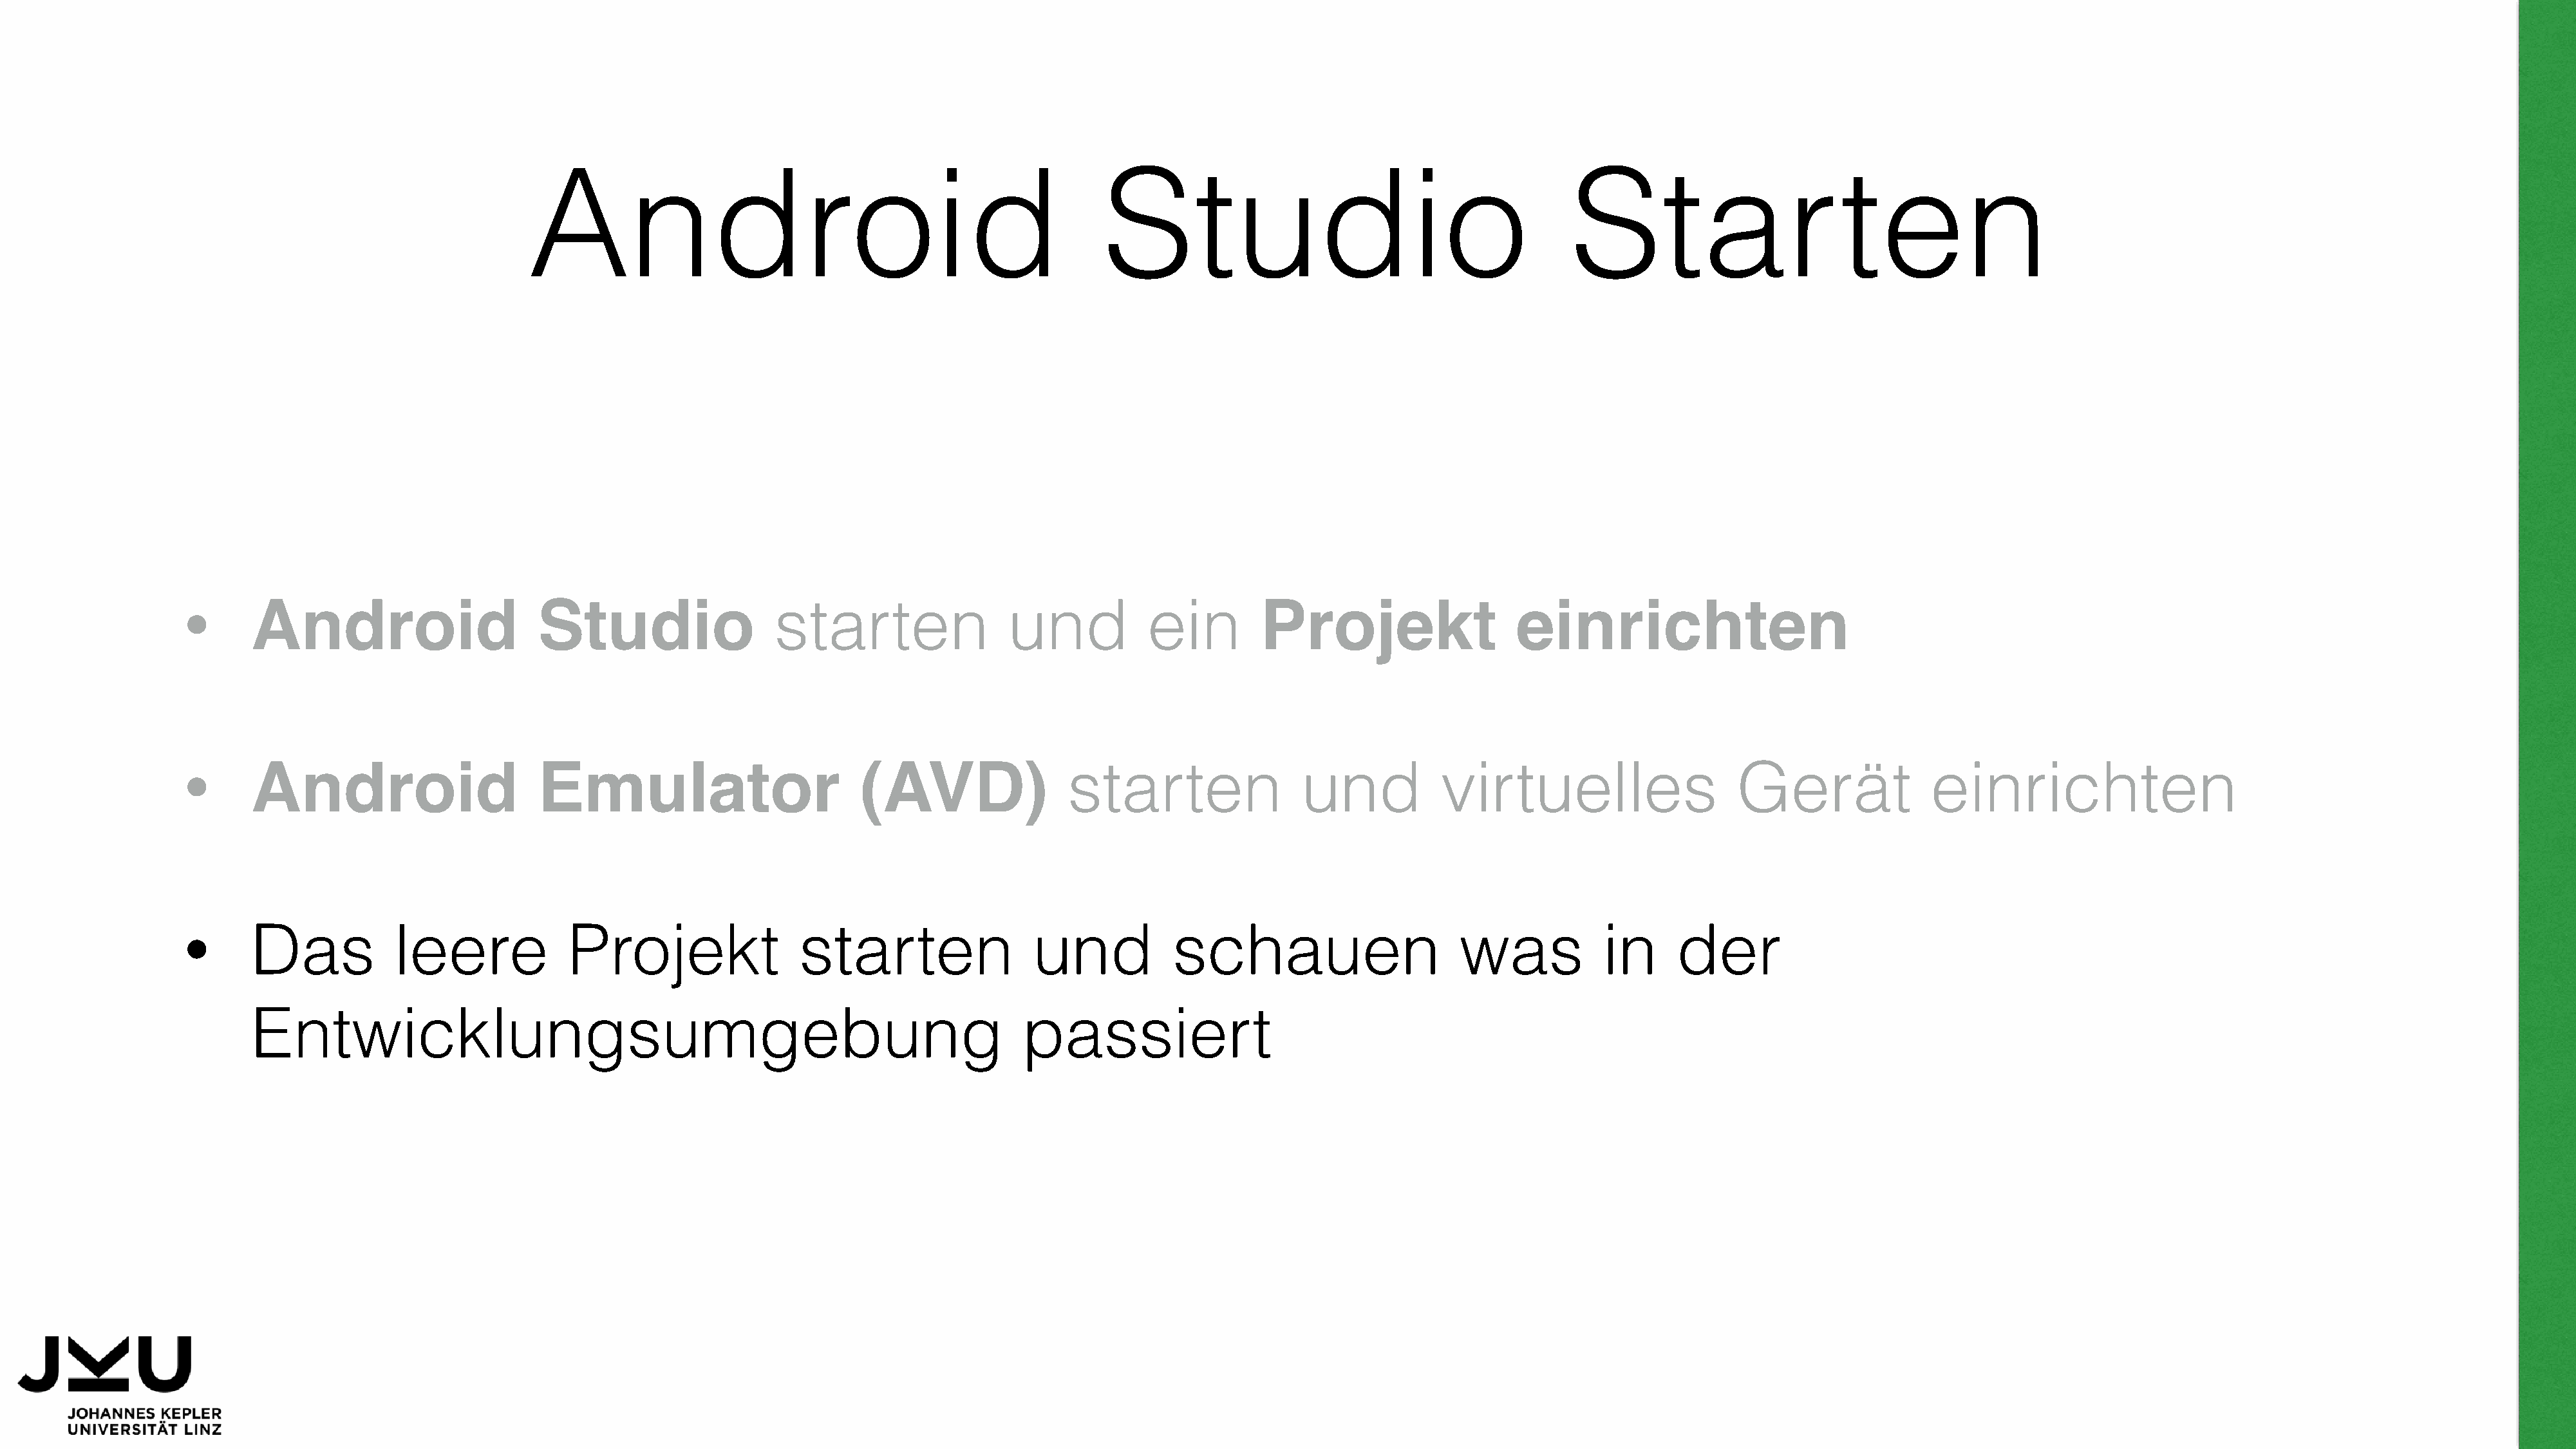
Android                                                    Studio                                          Starten
 Android                      Studio                   starten                 und           ein         Projekt                   einrichten
 •
 Android                      Emulator                         (AVD)                 starten                 und           virtuelles                     Gerät              einrichten
 •
 Das            leere            Projekt                 starten                 und            schauen                      was            in     der
 •
 Entwicklungsumgebung                                                           passiert